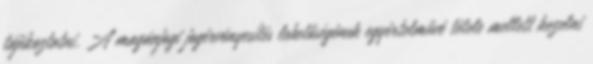
tájékoztatni. A magánjogi jogérvényesítés lehetőségének egyértelművé tétele mellett kezelni